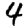
Digit: 4